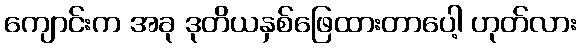
ကျောင်းက အခု ဒုတိယနှစ်ဖြေထားတာပေါ့ ဟုတ်လား